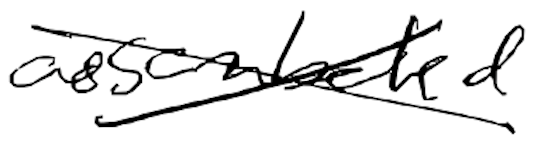
Text: assembled
Cross-out: cross
Writing tool: digital_black